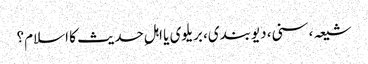
شیعہ، سنی، دیوبندی، بریلوی یا اہلِ حدیث کا اسلام؟